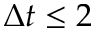
\Delta t \leq 2